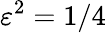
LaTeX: \varepsilon^{2}=1/4